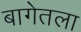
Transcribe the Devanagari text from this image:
बागेतला